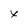
Character: x